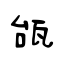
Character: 瓵